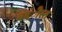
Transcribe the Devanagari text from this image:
बंदंीस्त